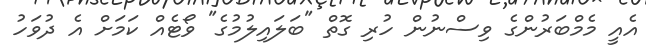
އެއީ މެމްބަރުންގެ ވިސްނުން ހުރި ގޮތް "ބަލައިލުމުގެ" ވޯޓެއް ކަމަށް އެ ދުވަހު